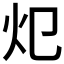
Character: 𱪣